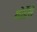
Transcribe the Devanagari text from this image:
थोडेंसे